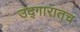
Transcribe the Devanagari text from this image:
उद्गारातच